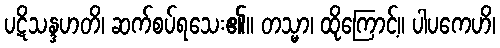
ပဋိသန္ဒဟတိ၊ ဆက်စပ်ရသေး၏။ တသ္မာ၊ ထိုကြောင့်။ ပါပကေဟိ၊